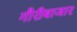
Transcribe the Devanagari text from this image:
गौरीबाजार